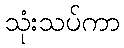
သုံးသပ်ကာ